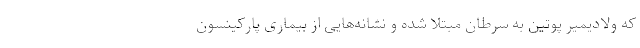
که ولادیمیر پوتین به سرطان مبتلا شده و نشانه‌هایی از بیماری پارکینسون